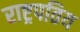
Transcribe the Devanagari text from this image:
राष्ट्रपतिय